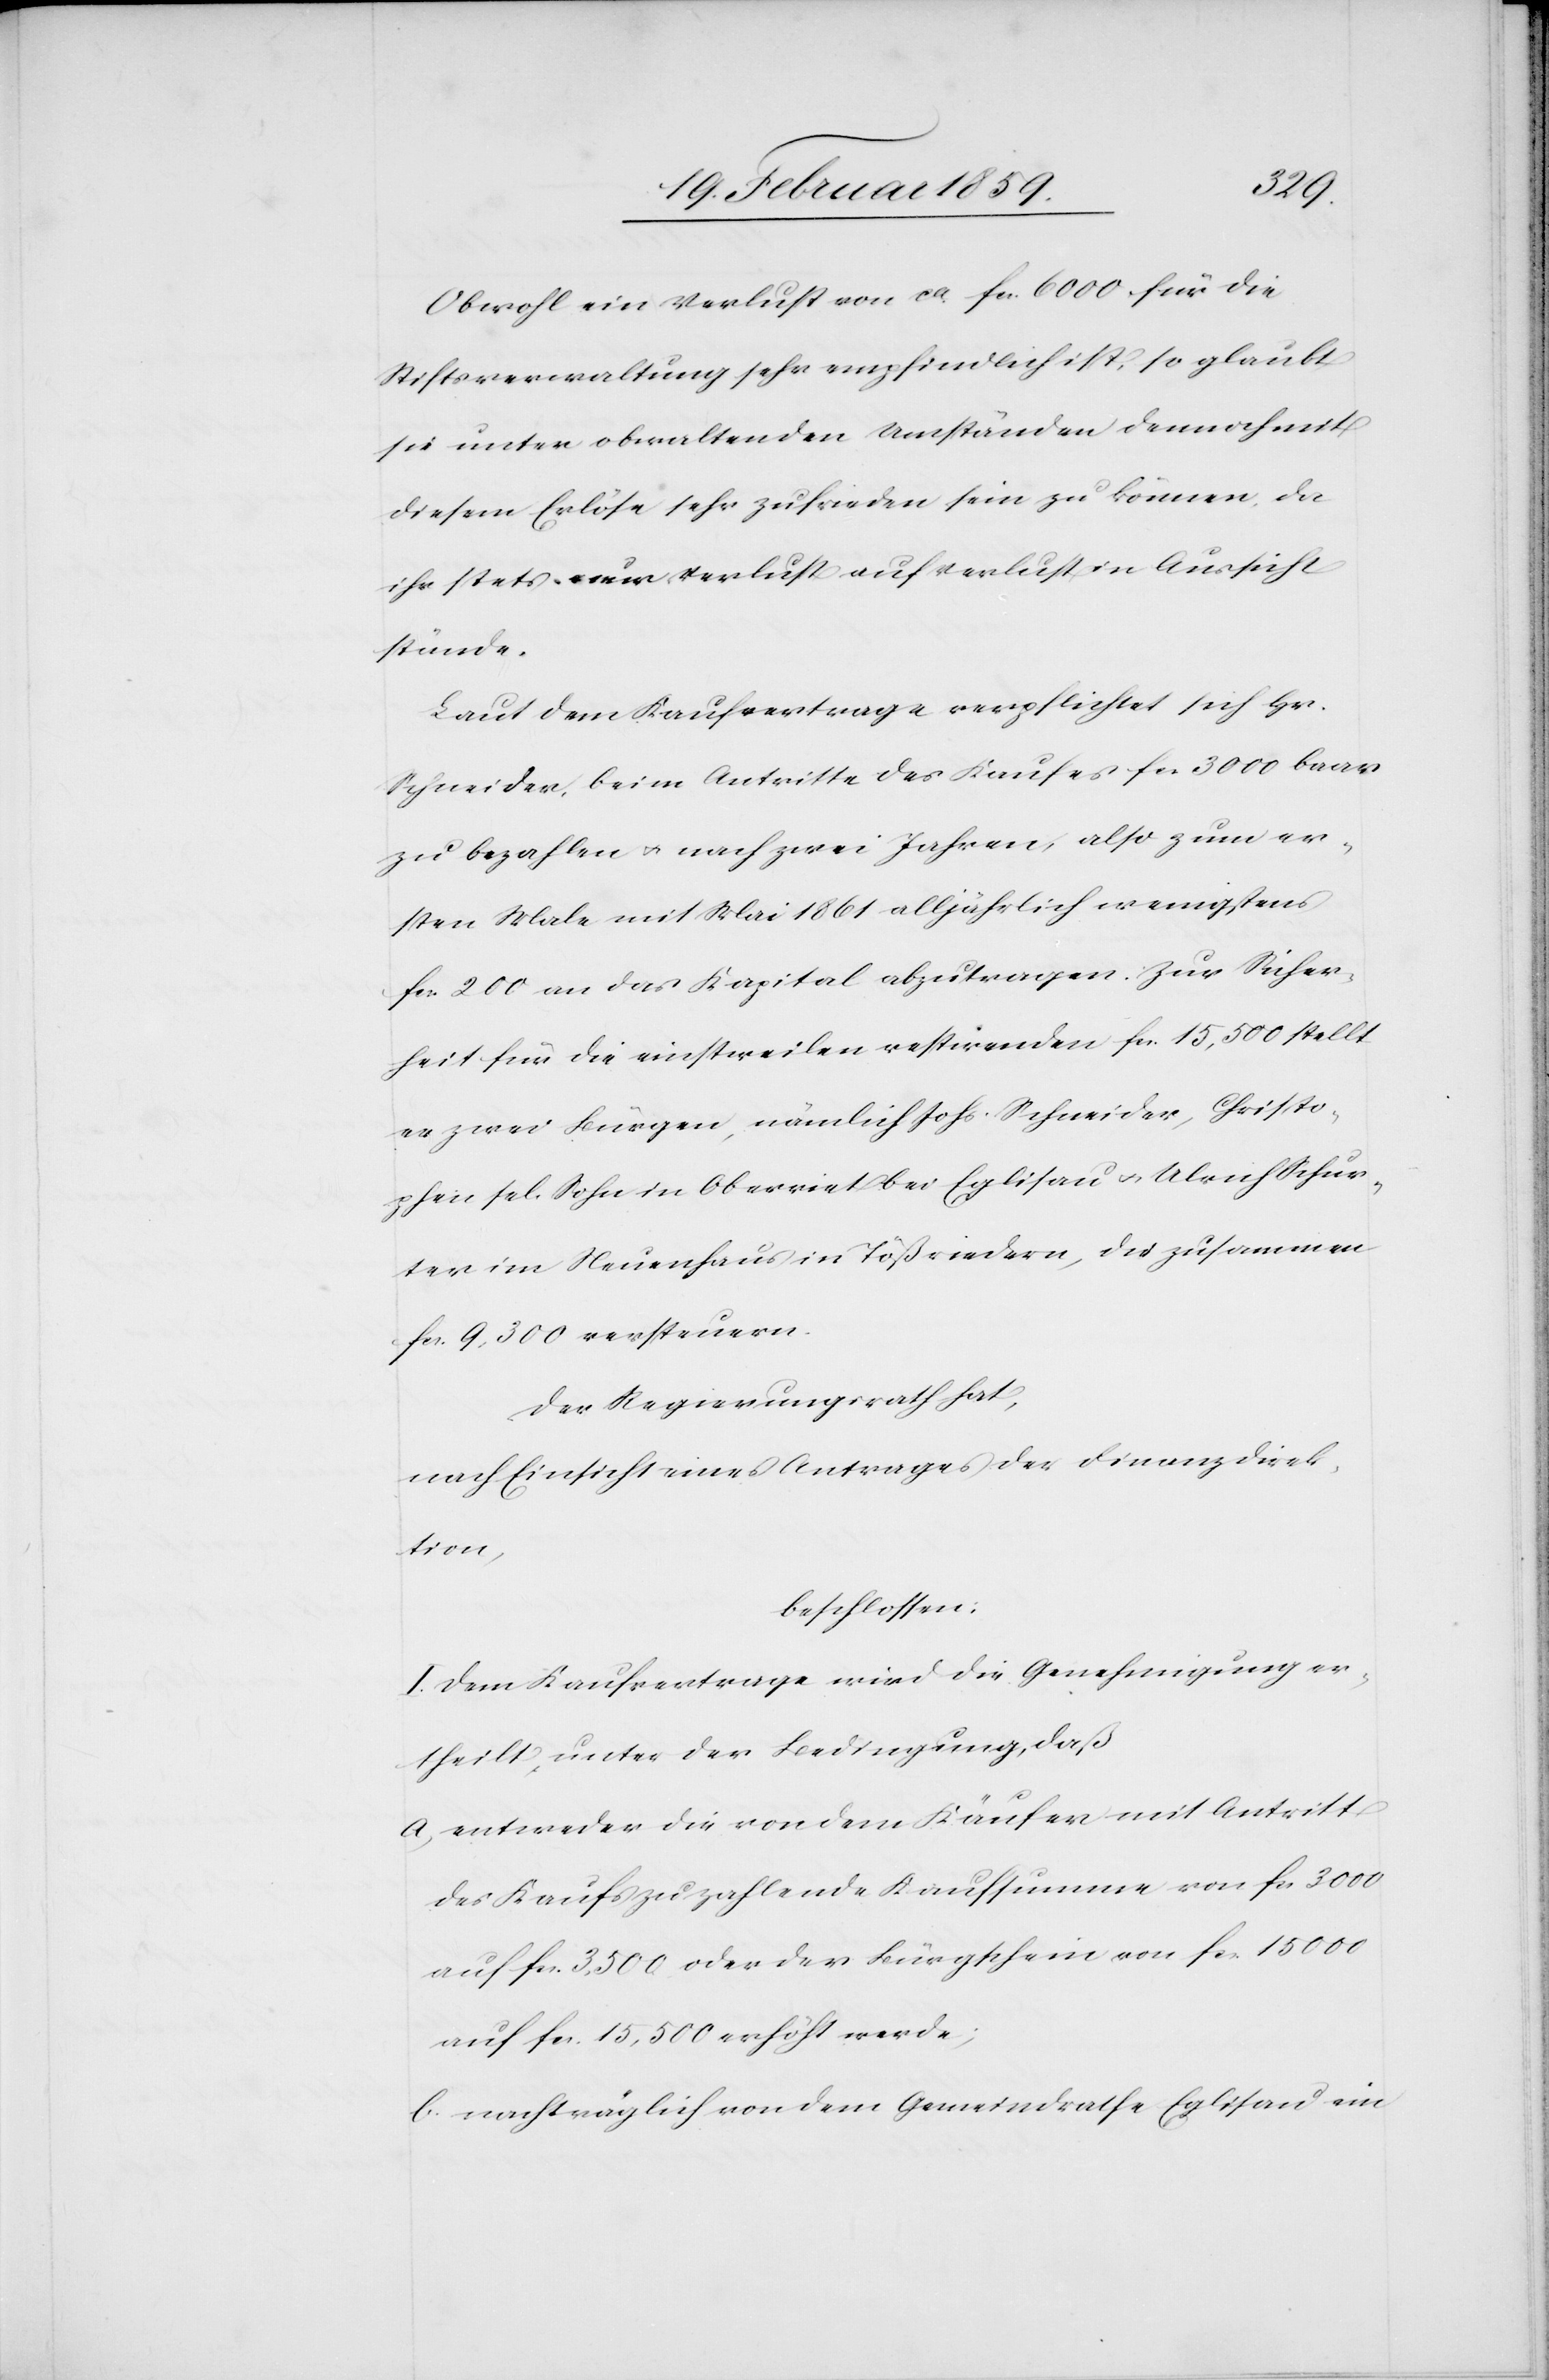
Obwohl ein Verlust von ca. fcs. 6000 für die
Stiftsverwaltung sehr empfindlich ist, so glaubt
sie unter obwaltenden Umständen dennoch mit
diesem Erlöse sehr zufrieden sein zu können, da
ihr stets nur Verlust auf Verlust in Aussicht
stünde.
Laut dem Kaufvertrage verpflichtet sich Hr.
Schneider, beim Antritte des Kaufes fcs 3000 baar
zu bezahlen u. nach zwei Jahren, also zum er¬
sten Male mit Mai 1861 alljährlich wenigstens
fcs. 200 an das Kapital abzutragen. Zur Sicher¬
heit für die einstweilen restirenden fcs. 15,500 stellt
er zwei Bürgen, nämlich Johs. Schneider, Christo¬
phen sel. Sohn in Oberriet bei Eglisau u. Ulrich Schur¬
ter in Neuenhaus in Tößriedern, die zusammen
fcs. 9,300 versteuern.
Der Regierungsrath hat,
nach Einsicht eines Antrages der Finanzdirek¬
tion,
beschlossen:
I. Dem Kaufvertrage wird die Genehmigung er¬
theilt, unter der Bedingung, daß
a. entweder die von dem Käufer mit Antritt
des Kaufs zu zahlende Kaufsumme von fcs 3000
auf fcs. 3,500 oder der Bürgschein von fcs. 15 000
auf fcs. 15,500 erhöht werde;
b. nachträglich von dem Gemeindrath Eglisau ein